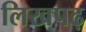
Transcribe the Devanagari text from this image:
लिखपढ़